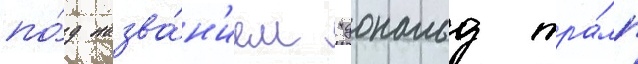
по́д назва́н'ием "дональд тра́мп